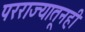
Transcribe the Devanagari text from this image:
परराज्यातूनही